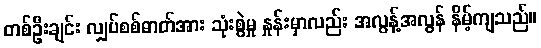
တစ်ဦးချင်း လျှပ်စစ်ဓာတ်အား သုံးစွဲမှု နှုန်းမှာလည်း အလွန့်အလွန် နိမ့်ကျသည်။